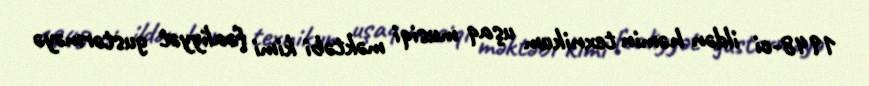
1948-ci ildən həmin texnikum uşaq musiqi məktəbi kimi fəaliyyət gustərməyə